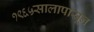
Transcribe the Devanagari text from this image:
१९६५सालापासून